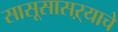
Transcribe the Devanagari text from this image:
सासूसासऱ्याचे